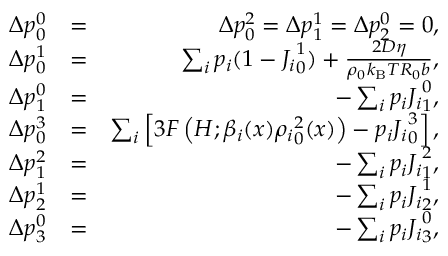
\begin{array} { r l r } { \Delta p _ { 0 } ^ { 0 } } & { = } & { \Delta p _ { 0 } ^ { 2 } = \Delta p _ { 1 } ^ { 1 } = \Delta p _ { 2 } ^ { 0 } = 0 , } \\ { \Delta p _ { 0 } ^ { 1 } } & { = } & { \sum _ { i } p _ { i } ( 1 - { J _ { i } } _ { 0 } ^ { 1 } ) + \frac { 2 D \eta } { \rho _ { 0 } k _ { \mathrm { B } } T R _ { 0 } b } , } \\ { \Delta p _ { 1 } ^ { 0 } } & { = } & { - \sum _ { i } p _ { i } { J _ { i } } _ { 1 } ^ { 0 } , } \\ { \Delta p _ { 0 } ^ { 3 } } & { = } & { \sum _ { i } \left[ 3 F \left( H ; \beta _ { i } ( x ) { \rho _ { i } } _ { 0 } ^ { 2 } ( x ) \right) - p _ { i } { J _ { i } } _ { 0 } ^ { 3 } \right] , } \\ { \Delta p _ { 1 } ^ { 2 } } & { = } & { - \sum _ { i } p _ { i } { J _ { i } } _ { 1 } ^ { 2 } , } \\ { \Delta p _ { 2 } ^ { 1 } } & { = } & { - \sum _ { i } p _ { i } { J _ { i } } _ { 2 } ^ { 1 } , } \\ { \Delta p _ { 3 } ^ { 0 } } & { = } & { - \sum _ { i } p _ { i } { J _ { i } } _ { 3 } ^ { 0 } , } \end{array}